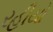
રહીયો